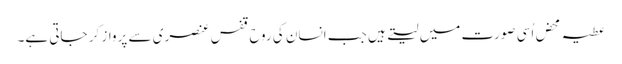
عطیہ محض اُسی صورت میں لیتے ہیں جب انسان کی روح قفس ِعنصری سے پرواز کر جاتی ہے۔